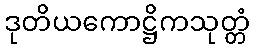
ဒုတိယကောဋ္ဌိကသုတ္တံ